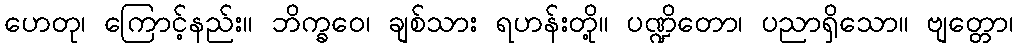
ဟေတု၊ ကြောင့်နည်း။ ဘိက္ခဝေ၊ ချစ်သား ရဟန်းတို့။ ပဏ္ဍိတော၊ ပညာရှိသော။ ဗျတ္တော၊